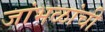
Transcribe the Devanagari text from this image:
जांभळांची